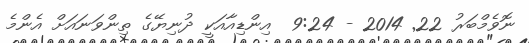
ނޮވެމްބަރު 22